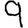
Digit: 9